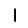
Digit: 1